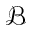
\mathcal B